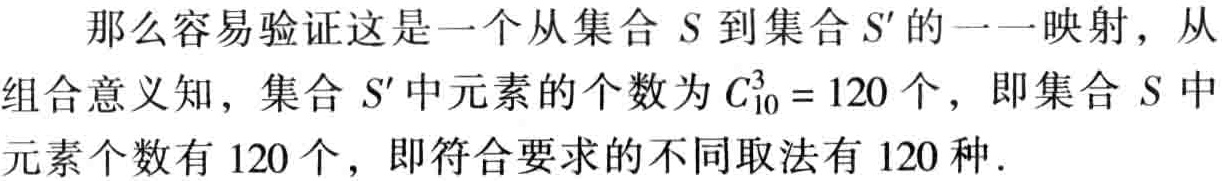
那么容易验证这是一个从集合 \(S\) 到集合 \(S'\) 的一一映射，从组合意义知，集合 \(S'\) 中元素的个数为 \(C_{10}^3 = 120\) 个，即集合 \(S\) 中元素个数有 \(120\) 个，即符合要求的不同取法有 \(120\) 种.